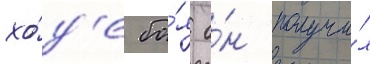
хо́д'е бо́я о́н получи́л